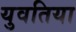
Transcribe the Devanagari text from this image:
युवतिया